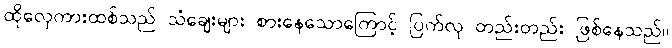
ထိုလှေကားထစ်သည် သံချေးများ စားနေသောကြောင့် ပြက်လု တည်းတည်း ဖြစ်နေသည်။